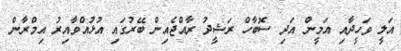
އަލީ ވަހީދާއި އަމީން އަދި ސޮބާހް ރަޝީދު ރާއްޖެއިން ބޭރުގައި އުޅުއްވާއިރު އިމްރާން